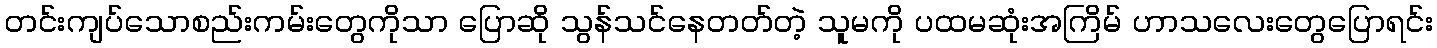
တင်းကျပ်သောစည်းကမ်းတွေကိုသာ ပြောဆို သွန်သင်နေတတ်တဲ့ သူမကို ပထမဆုံးအကြိမ် ဟာသလေးတွေပြောရင်း